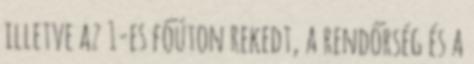
illetve az 1-es főúton rekedt, a rendőrség és a